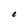
Character: 1